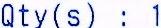
QTY(S) : 1